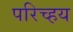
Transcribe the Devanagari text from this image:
परिच्हय